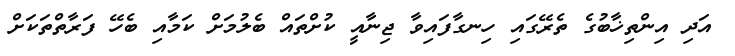
އަދި އިންތިޚާބުގެ ތެރޭގައި ހިނގާފައިވާ ޖިނާއީ ކުށްތައް ބެލުމަށް ކަމާއި ބެހޭ ފަރާތްތަކަށް